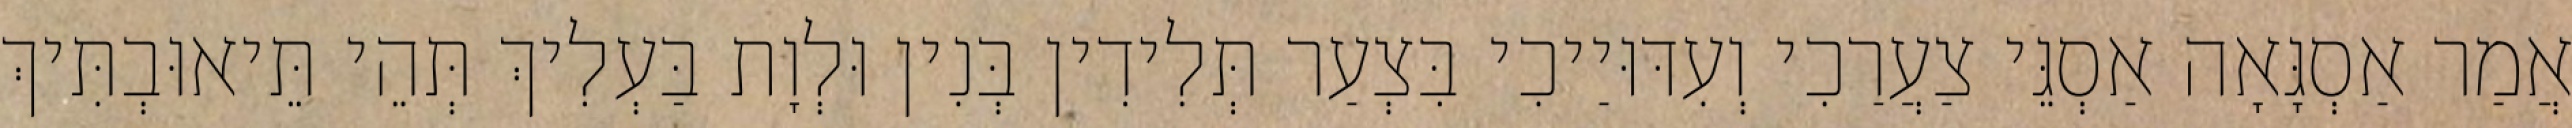
אֲמַר אַסְגָּאָה אַסְגֵּי צַעֲרַכִי וְעִדּוּיַיכִי בִּצְעַר תְּלִידִין בְּנִין וּלְוָת בַּעְלִיךְ תְּהֵי תֵּיאוּבְתִּיךְ